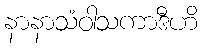
နာနာသံဝါသကာဒီဟိ